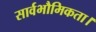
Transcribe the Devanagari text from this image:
सार्वभौमिकता।